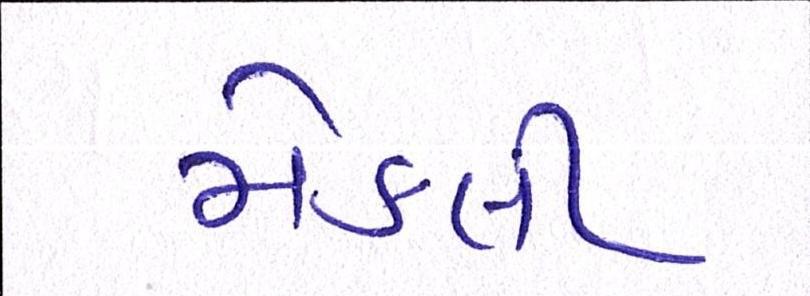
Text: મેકલી